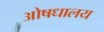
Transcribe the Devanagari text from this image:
ओषधालय